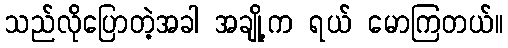
သည်လိုပြောတဲ့အခါ အချို့က ရယ် မောကြတယ်။